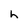
Character: h